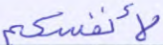
لأنفسكم